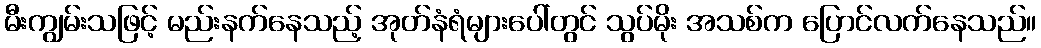
မီးကျွမ်းသဖြင့် မည်းနက်နေသည့် အုတ်နံရံများပေါ်တွင် သွပ်မိုး အသစ်က ပြောင်လက်နေသည်။